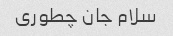
سلام جان چطوری